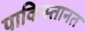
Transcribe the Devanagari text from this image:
पाकिस्तानत